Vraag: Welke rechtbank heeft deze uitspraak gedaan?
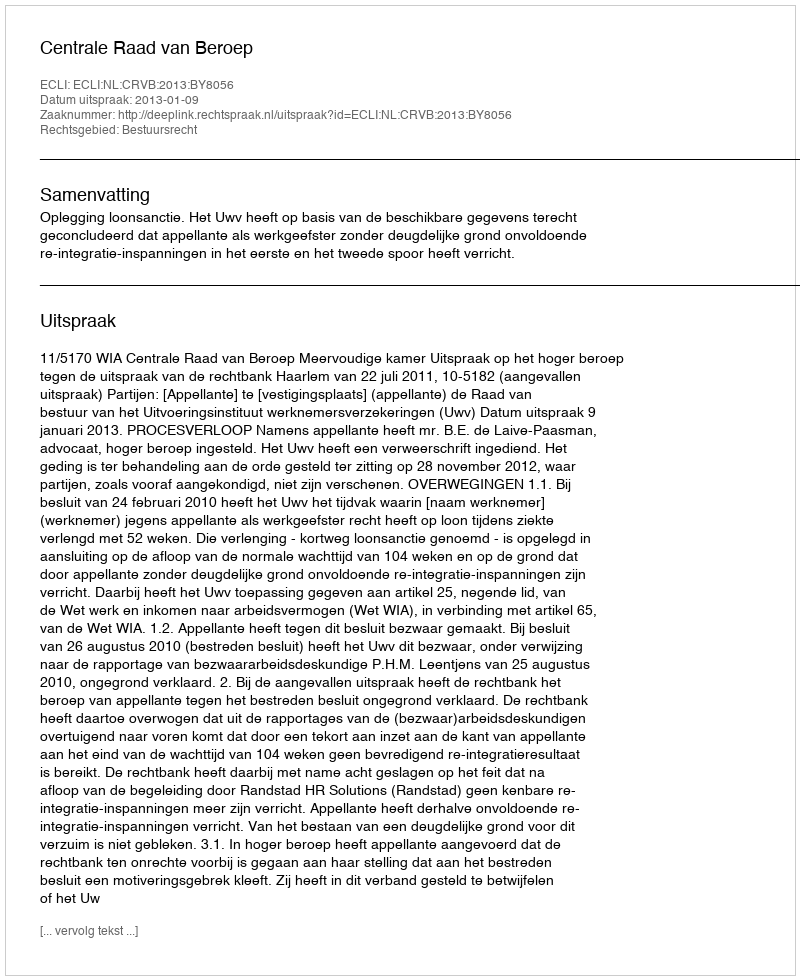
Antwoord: Centrale Raad van Beroep